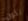
تكون